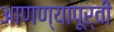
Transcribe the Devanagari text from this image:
आणण्यापूर्वी